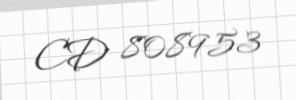
CD 808953